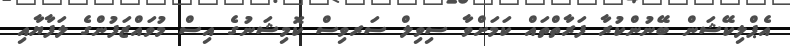
އެޕްލިކޭޝަން ބޭނުންކުރާ ފަރާތްތައް ކަމަށްވާ ސިވިލް ސަރވިސް ކޮމިޝަނުގެ އިސް މުވައްޒަފުންގެ ލަފާޔާއި